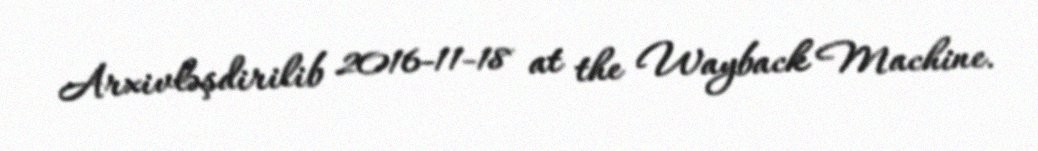
Arxivləşdirilib 2016-11-18 at the Wayback Machine.